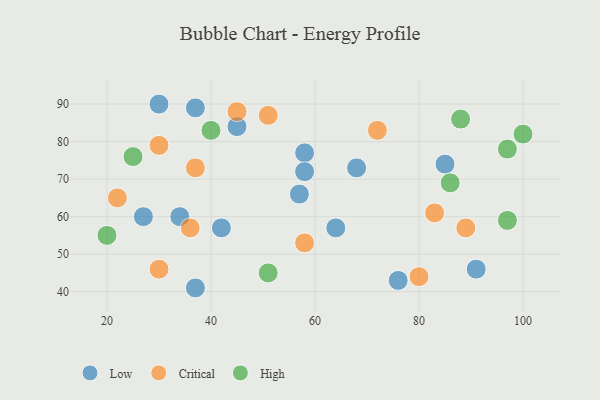
{"axis": {"x": "GDP", "y": "Life Expectancy"}, "legend": ["Critical", "High", "Low"], "data": [{"x": "37", "y": 41, "type": "Low"}, {"x": "42", "y": 57, "type": "Low"}, {"x": "58", "y": 77, "type": "Low"}, {"x": "64", "y": 57, "type": "Low"}, {"x": "37", "y": 89, "type": "Low"}, {"x": "57", "y": 66, "type": "Low"}, {"x": "91", "y": 46, "type": "Low"}, {"x": "85", "y": 74, "type": "Low"}, {"x": "76", "y": 43, "type": "Low"}, {"x": "68", "y": 73, "type": "Low"}, {"x": "30", "y": 90, "type": "Low"}, {"x": "45", "y": 84, "type": "Low"}, {"x": "34", "y": 60, "type": "Low"}, {"x": "58", "y": 72, "type": "Low"}, {"x": "27", "y": 60, "type": "Low"}, {"x": "37", "y": 73, "type": "Critical"}, {"x": "89", "y": 57, "type": "Critical"}, {"x": "30", "y": 46, "type": "Critical"}, {"x": "83", "y": 61, "type": "Critical"}, {"x": "51", "y": 87, "type": "Critical"}, {"x": "72", "y": 83, "type": "Critical"}, {"x": "30", "y": 79, "type": "Critical"}, {"x": "36", "y": 57, "type": "Critical"}, {"x": "45", "y": 88, "type": "Critical"}, {"x": "80", "y": 44, "type": "Critical"}, {"x": "58", "y": 53, "type": "Critical"}, {"x": "22", "y": 65, "type": "Critical"}, {"x": "86", "y": 69, "type": "High"}, {"x": "40", "y": 83, "type": "High"}, {"x": "97", "y": 59, "type": "High"}, {"x": "97", "y": 78, "type": "High"}, {"x": "100", "y": 82, "type": "High"}, {"x": "51", "y": 45, "type": "High"}, {"x": "25", "y": 76, "type": "High"}, {"x": "88", "y": 86, "type": "High"}, {"x": "20", "y": 55, "type": "High"}]}